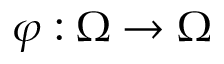
\varphi : \Omega \rightarrow \Omega